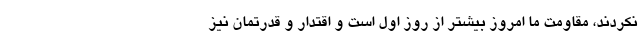
نکردند، مقاومت ما امروز بیشتر از روز اول است و اقتدار و قدرتمان نیز